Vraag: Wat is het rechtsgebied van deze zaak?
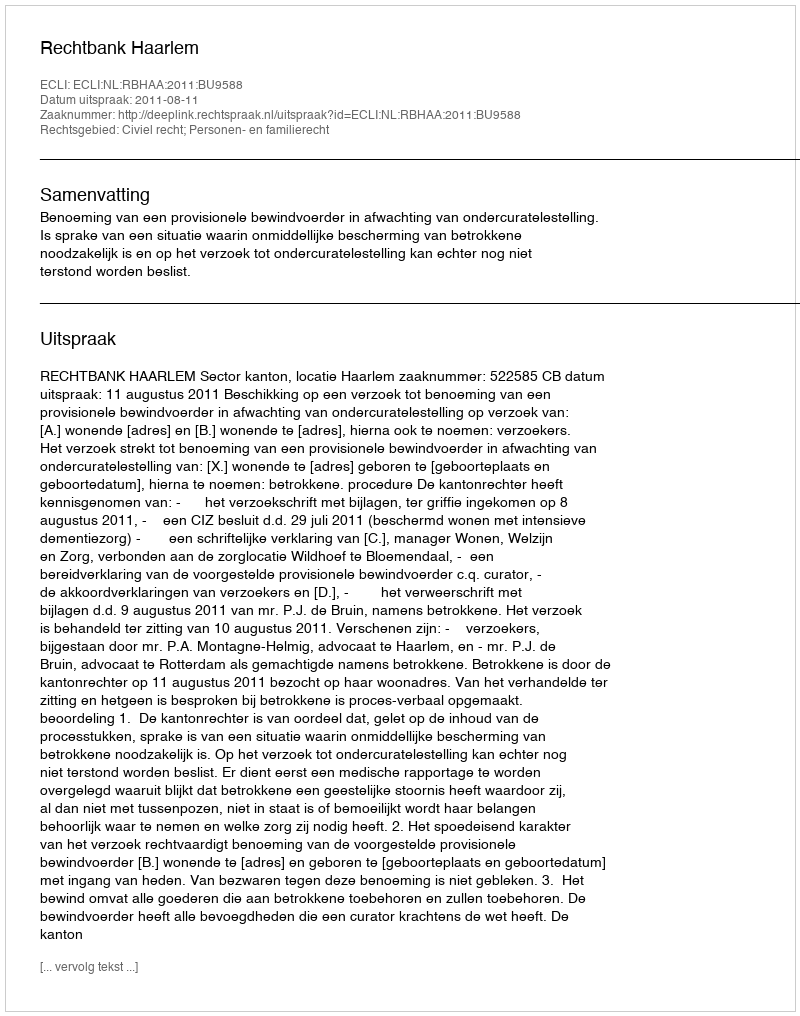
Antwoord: Civiel recht; Personen- en familierecht